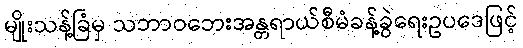
မျိုးသန့်ခြံမှ သဘာဝဘေးအန္တရာယ်စီမံခန့်ခွဲရေးဥပဒေဖြင့်